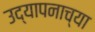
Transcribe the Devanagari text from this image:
उद्यापनाच्या